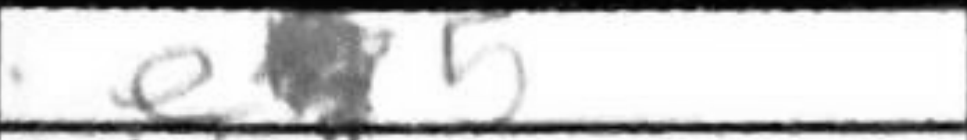
Transcription: a5